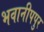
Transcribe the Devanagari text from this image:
भवानीपपुर